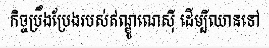
កិច្ចប្រឹងប្រែងរបស់ឥណ្ឌូណេស៊ី ដើម្បីឈានទៅ